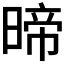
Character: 𭦽